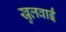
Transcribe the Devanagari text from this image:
खुलवाईं